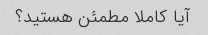
آیا کاملا مطمئن هستید؟